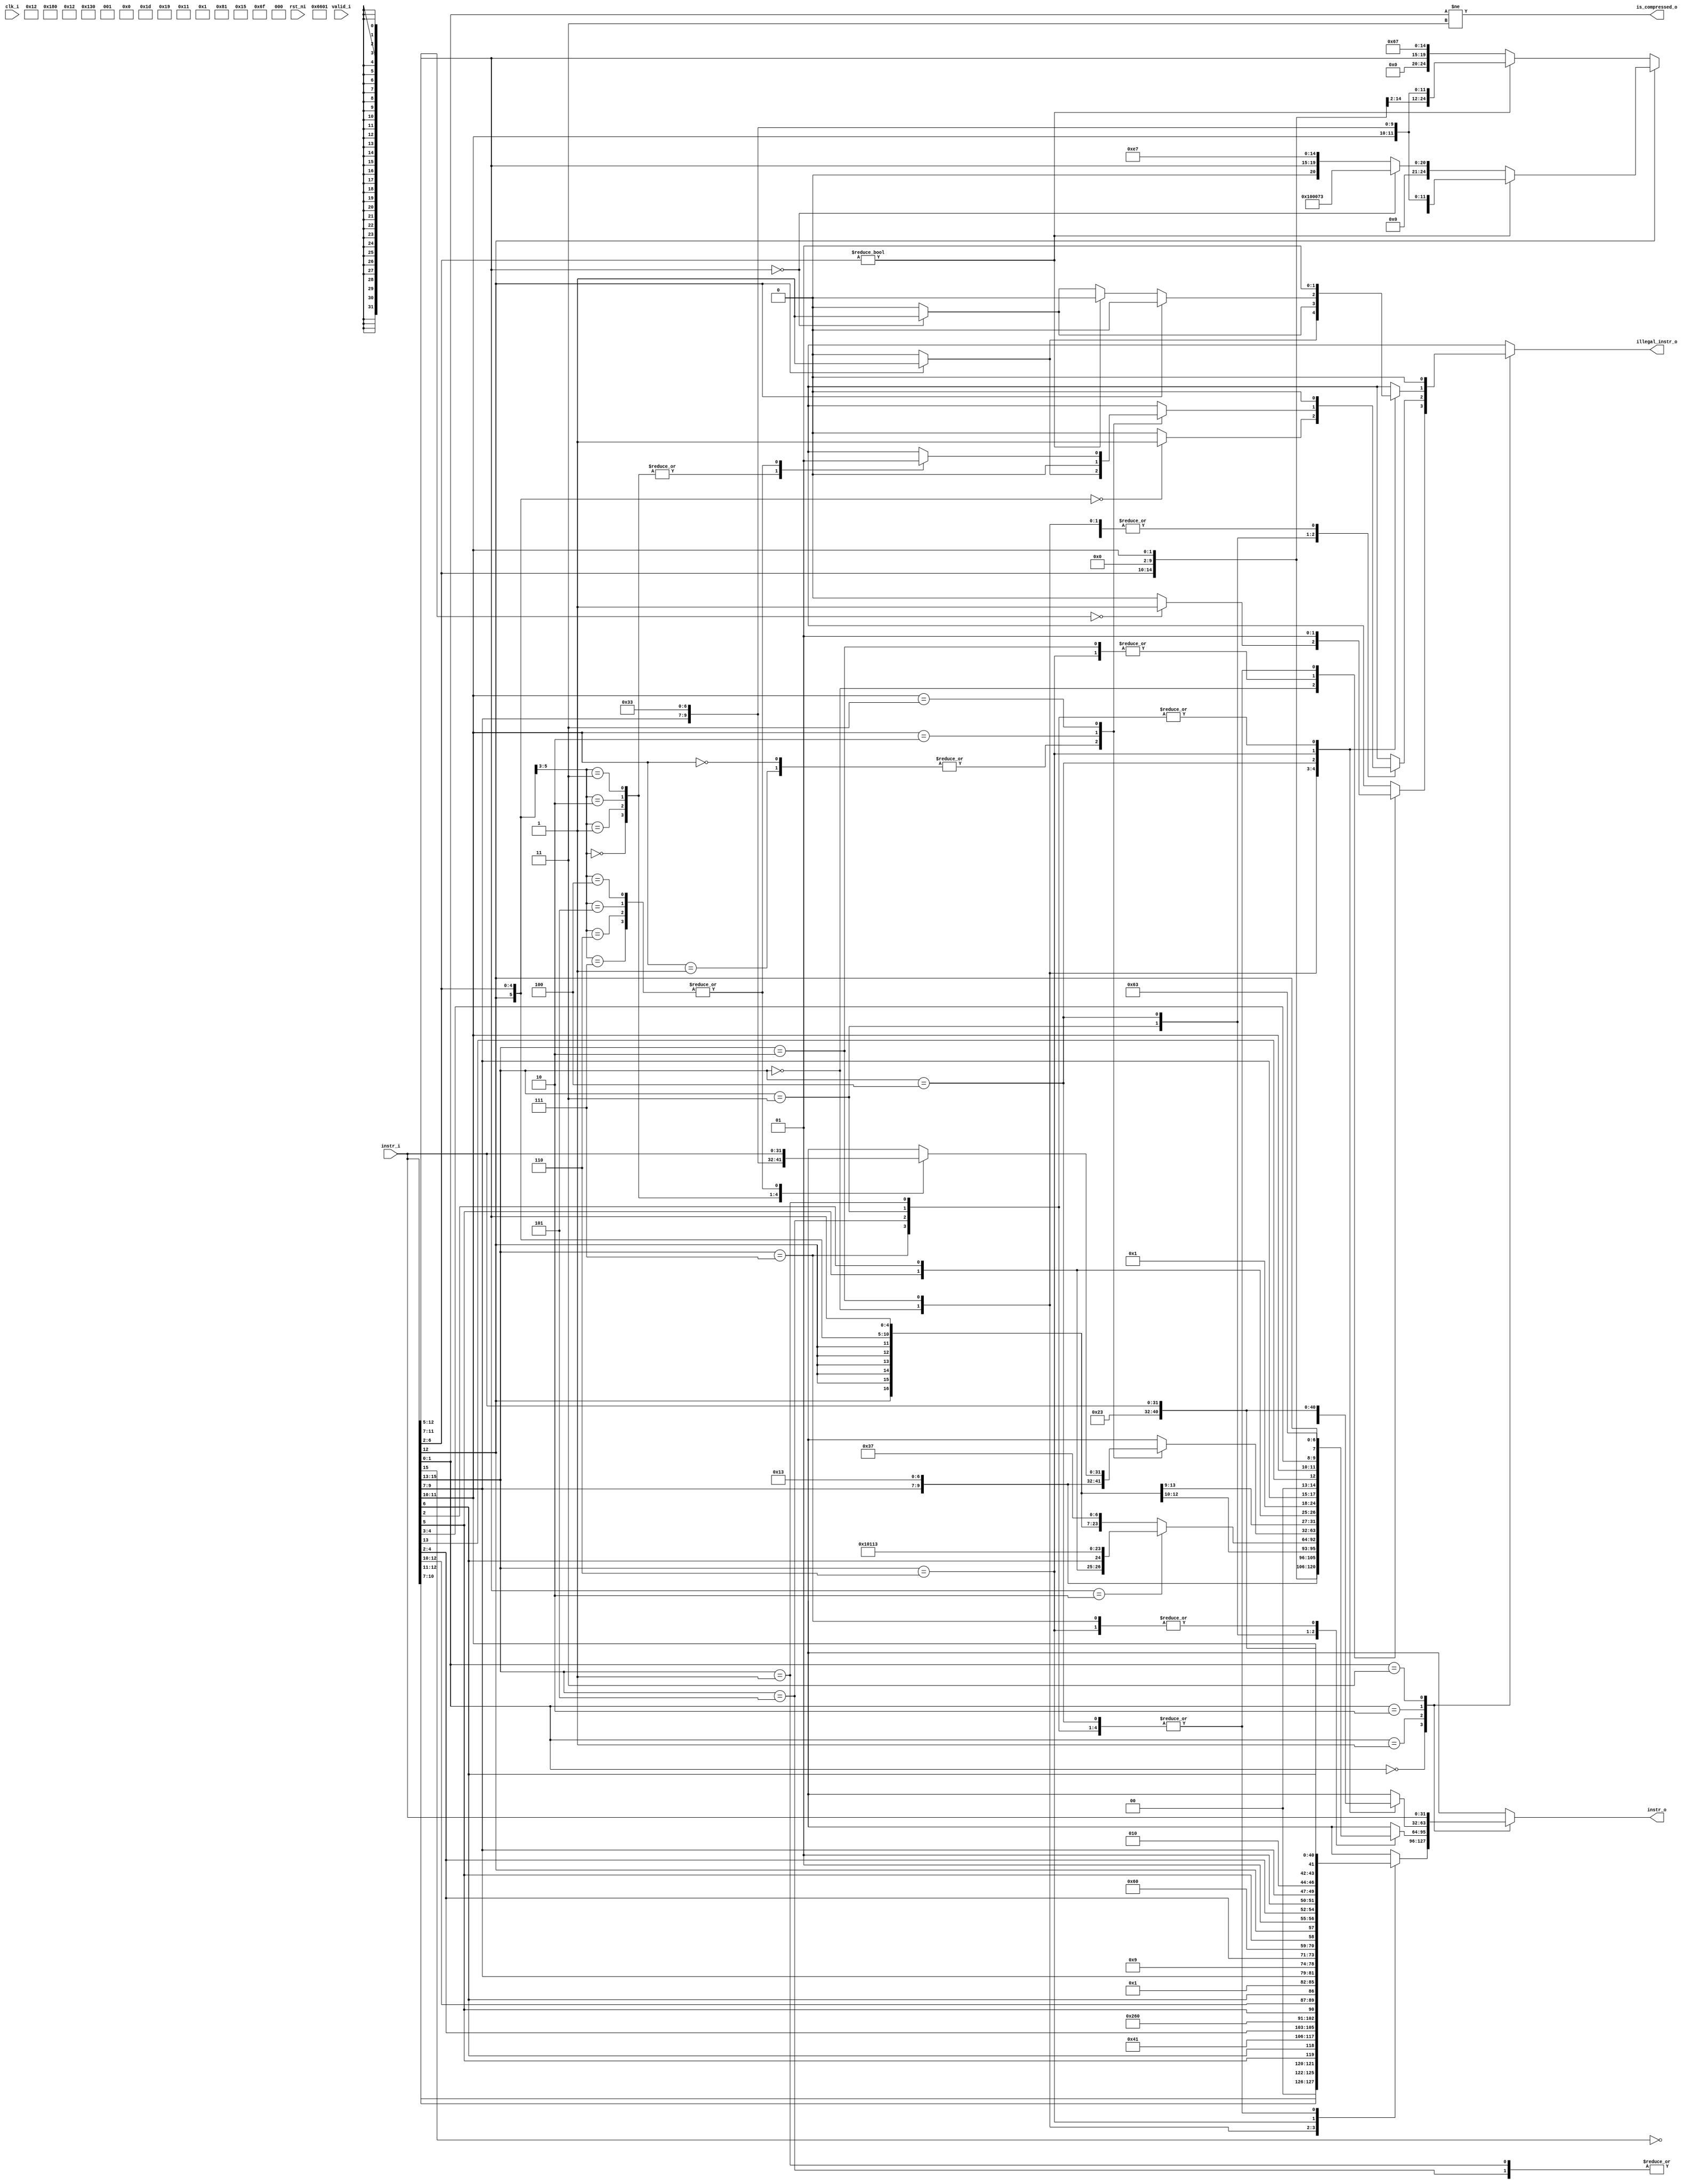
module ibex_compressed_decoder (
	clk_i,
	rst_ni,
	valid_i,
	instr_i,
	instr_o,
	is_compressed_o,
	illegal_instr_o
);
	input wire clk_i;
	input wire rst_ni;
	input wire valid_i;
	input wire [31:0] instr_i;
	output reg [31:0] instr_o;
	output wire is_compressed_o;
	output reg illegal_instr_o;
	wire unused_valid;
	assign unused_valid = valid_i;
	always @(*) begin
		instr_o = instr_i;
		illegal_instr_o = 1'b0;
		case (instr_i[1:0])
			2'b00:
				case (instr_i[15:13])
					3'b000: begin
						instr_o = {2'b00, instr_i[10:7], instr_i[12:11], instr_i[5], instr_i[6], 2'b00, 5'h02, 3'b000, 2'b01, instr_i[4:2], 7'h13};
						if (instr_i[12:5] == 8'b00000000)
							illegal_instr_o = 1'b1;
					end
					3'b010: instr_o = {5'b00000, instr_i[5], instr_i[12:10], instr_i[6], 2'b00, 2'b01, instr_i[9:7], 3'b010, 2'b01, instr_i[4:2], 7'h03};
					3'b110: instr_o = {5'b00000, instr_i[5], instr_i[12], 2'b01, instr_i[4:2], 2'b01, instr_i[9:7], 3'b010, instr_i[11:10], instr_i[6], 2'b00, 7'h23};
					3'b001, 3'b011, 3'b100, 3'b101, 3'b111: illegal_instr_o = 1'b1;
					default: illegal_instr_o = 1'b1;
				endcase
			2'b01:
				case (instr_i[15:13])
					3'b000: instr_o = {{6 {instr_i[12]}}, instr_i[12], instr_i[6:2], instr_i[11:7], 3'b000, instr_i[11:7], 7'h13};
					3'b001, 3'b101: instr_o = {instr_i[12], instr_i[8], instr_i[10:9], instr_i[6], instr_i[7], instr_i[2], instr_i[11], instr_i[5:3], {9 {instr_i[12]}}, 4'b0000, ~instr_i[15], 7'h6f};
					3'b010: instr_o = {{6 {instr_i[12]}}, instr_i[12], instr_i[6:2], 5'b00000, 3'b000, instr_i[11:7], 7'h13};
					3'b011: begin
						instr_o = {{15 {instr_i[12]}}, instr_i[6:2], instr_i[11:7], 7'h37};
						if (instr_i[11:7] == 5'h02)
							instr_o = {{3 {instr_i[12]}}, instr_i[4:3], instr_i[5], instr_i[2], instr_i[6], 4'b0000, 5'h02, 3'b000, 5'h02, 7'h13};
						if ({instr_i[12], instr_i[6:2]} == 6'b000000)
							illegal_instr_o = 1'b1;
					end
					3'b100:
						case (instr_i[11:10])
							2'b00, 2'b01: begin
								instr_o = {1'b0, instr_i[10], 5'b00000, instr_i[6:2], 2'b01, instr_i[9:7], 3'b101, 2'b01, instr_i[9:7], 7'h13};
								if (instr_i[12] == 1'b1)
									illegal_instr_o = 1'b1;
							end
							2'b10: instr_o = {{6 {instr_i[12]}}, instr_i[12], instr_i[6:2], 2'b01, instr_i[9:7], 3'b111, 2'b01, instr_i[9:7], 7'h13};
							2'b11:
								case ({instr_i[12], instr_i[6:5]})
									3'b000: instr_o = {9'b010000001, instr_i[4:2], 2'b01, instr_i[9:7], 3'b000, 2'b01, instr_i[9:7], 7'h33};
									3'b001: instr_o = {9'b000000001, instr_i[4:2], 2'b01, instr_i[9:7], 3'b100, 2'b01, instr_i[9:7], 7'h33};
									3'b010: instr_o = {9'b000000001, instr_i[4:2], 2'b01, instr_i[9:7], 3'b110, 2'b01, instr_i[9:7], 7'h33};
									3'b011: instr_o = {9'b000000001, instr_i[4:2], 2'b01, instr_i[9:7], 3'b111, 2'b01, instr_i[9:7], 7'h33};
									3'b100, 3'b101, 3'b110, 3'b111: illegal_instr_o = 1'b1;
									default: illegal_instr_o = 1'b1;
								endcase
							default: illegal_instr_o = 1'b1;
						endcase
					3'b110, 3'b111: instr_o = {{4 {instr_i[12]}}, instr_i[6:5], instr_i[2], 5'b00000, 2'b01, instr_i[9:7], 2'b00, instr_i[13], instr_i[11:10], instr_i[4:3], instr_i[12], 7'h63};
					default: illegal_instr_o = 1'b1;
				endcase
			2'b10:
				case (instr_i[15:13])
					3'b000: begin
						instr_o = {7'b0000000, instr_i[6:2], instr_i[11:7], 3'b001, instr_i[11:7], 7'h13};
						if (instr_i[12] == 1'b1)
							illegal_instr_o = 1'b1;
					end
					3'b010: begin
						instr_o = {4'b0000, instr_i[3:2], instr_i[12], instr_i[6:4], 2'b00, 5'h02, 3'b010, instr_i[11:7], 7'h03};
						if (instr_i[11:7] == 5'b00000)
							illegal_instr_o = 1'b1;
					end
					3'b100:
						if (instr_i[12] == 1'b0) begin
							if (instr_i[6:2] != 5'b00000)
								instr_o = {7'b0000000, instr_i[6:2], 5'b00000, 3'b000, instr_i[11:7], 7'h33};
							else begin
								instr_o = {12'b000000000000, instr_i[11:7], 3'b000, 5'b00000, 7'h67};
								if (instr_i[11:7] == 5'b00000)
									illegal_instr_o = 1'b1;
							end
						end
						else if (instr_i[6:2] != 5'b00000)
							instr_o = {7'b0000000, instr_i[6:2], instr_i[11:7], 3'b000, instr_i[11:7], 7'h33};
						else if (instr_i[11:7] == 5'b00000)
							instr_o = 32'h00100073;
						else
							instr_o = {12'b000000000000, instr_i[11:7], 3'b000, 5'b00001, 7'h67};
					3'b110: instr_o = {4'b0000, instr_i[8:7], instr_i[12], instr_i[6:2], 5'h02, 3'b010, instr_i[11:9], 2'b00, 7'h23};
					3'b001, 3'b011, 3'b101, 3'b111: illegal_instr_o = 1'b1;
					default: illegal_instr_o = 1'b1;
				endcase
			2'b11:
				;
			default: illegal_instr_o = 1'b1;
		endcase
	end
	assign is_compressed_o = instr_i[1:0] != 2'b11;
endmodule